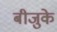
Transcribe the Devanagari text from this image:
बीजुके